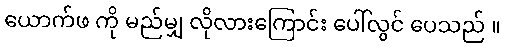
ယောက်ဖ ကို မည်မျှ လိုလားကြောင်း ပေါ်လွင် ပေသည် ။